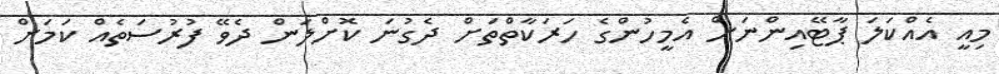
މިއީ އެއްކަލަ ޕާޓޭއިންނަށް އެމީހުންގެ ހަރަކާތްތަށް ދެގުނަ ކޮށްލަން ދެވޭ ފުރުސަތެއް ކަމަށް